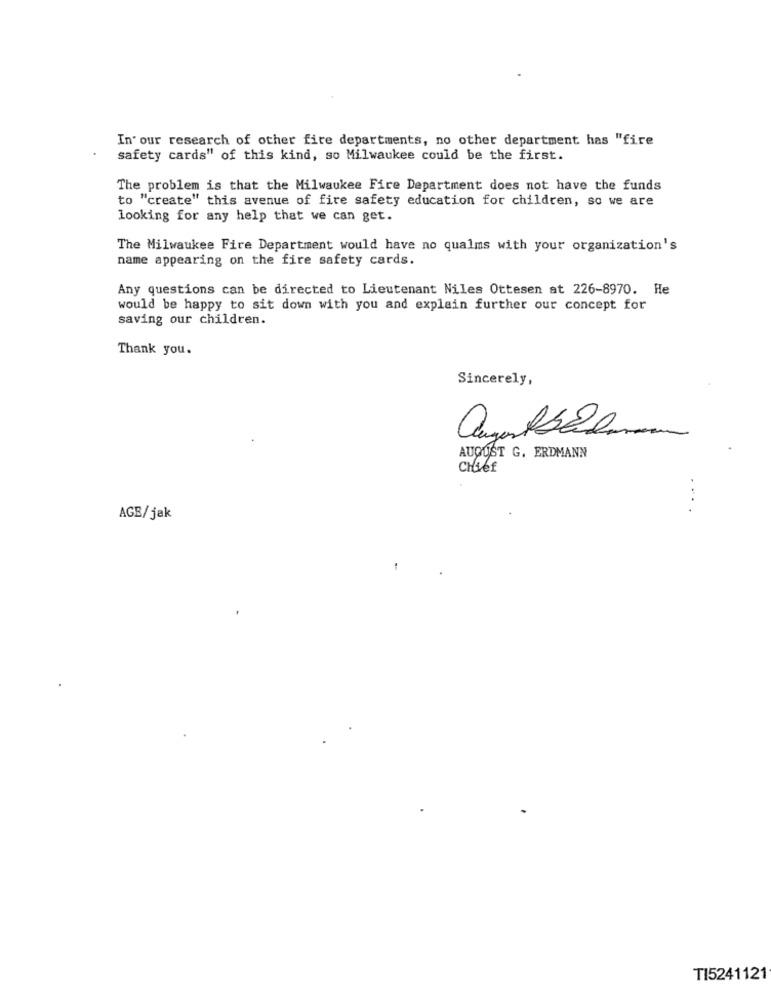
In' our research of other fire departments, no other department has "fire
safety cards" of this kind, so Milwaukee could be the first.
The problem is that the Milwaukee Fire Department does not have the funds
to "create" this avenue of fire safety education for children, so we are
looking for any help that we can get.
The Milwaukee Fire Department would have no qualms with your organization's
name appearing on the fire safety cards.
Any questions can be directed to Lieutenant Niles Ottesen at 226-8970. He
would be happy to sit down with you and explain further our concept for
saving our children.
Thank you.
Sincerely,
AUGUST G. ERDMANN
CHier
AGE/jak
TI5241121